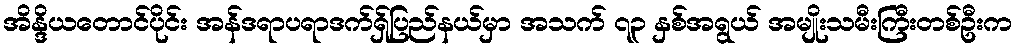
အိန္ဒိယတောင်ပိုင်း အန်ဒရာပရာဒက်ရှ်ပြည်နယ်မှာ အသက် ၇၃ နှစ်အရွယ် အမျိုးသမီးကြီးတစ်ဦးက